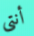
أنتى